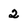
Character: 2